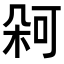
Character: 𭪋